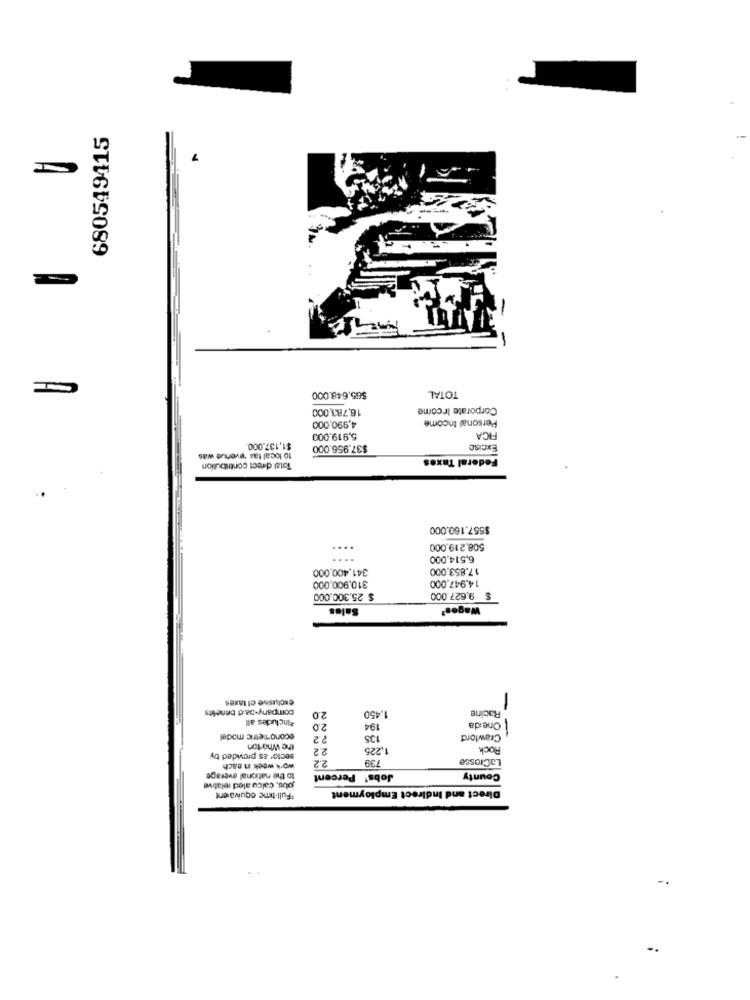
680549415
7
TOTAL
$65,648.000
16,783,000
Corporate Ircome
Personal Income
4,990,000
5,919,000
FICA
$1,137.000.
$37.956.000
Excise
to local tax revenue was
Federal Taxes
Total direct contribution
$557.160.000
508.219.000
6.514.000
341,400,000
17.853,000
310,900,000
14.947,000
$ 25,300.000
$ 9,627.000
Sales
Wages?
exclusive ef taxes
company-oa d benefits
Racine
2Includes all
2.0
1.450
-
2.0
194
One da
econometric model
22
135
Crawford
-
the Who ton
2.2
1,225
Rock
sector as provided by
739
LaCrosse
work week in each
2.2
to the national average
Jobs' Percent
County
jobs, calcu aled relative
Direct and Indirect Employment
*Full-time equivalent